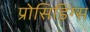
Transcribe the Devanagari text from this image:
प्रोसिडिंग्स